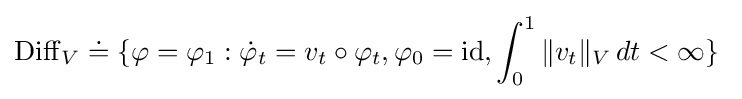
\operatorname {Diff} _{V}\doteq \{\varphi =\varphi _{1}:{\dot {\varphi }}_{t}=v_{t}\circ \varphi _{t},\varphi _{0}=\operatorname {id} ,\int _{0}^{1}\|v_{t}\|_{V}\,dt<\infty \}\